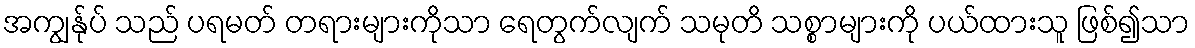
အကျွန်ုပ် သည် ပရမတ် တရားများကိုသာ ရေတွက်လျက် သမုတိ သစ္စာများကို ပယ်ထားသူ ဖြစ်၍သာ